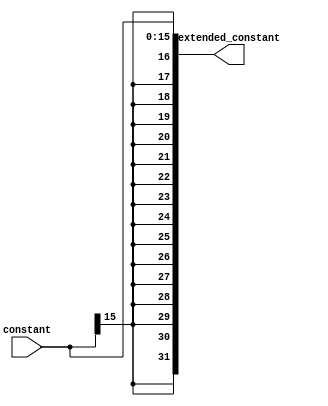
`timescale 1ns / 1ps
//////////////////////////////////////////////////////////////////////////////////
// Company: 
// Engineer: 
// 
// Design Name: 
// Module Name:    Sign_Extension 
// Project Name: 
// Target Devices: 
// Tool versions: 
// Description: 
//
// Dependencies: 
//
// Revision: 
// Revision 0.01 - File Created
// Additional Comments: 
//
//////////////////////////////////////////////////////////////////////////////////

module Sign_Extension(constant,extended_constant);

input[15:0] constant;
output reg [31:0] extended_constant;

always @ * begin
extended_constant = {{16{constant[15]}}, constant};
end

endmodule